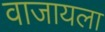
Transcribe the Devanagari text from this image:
वाजायला